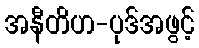
အနီတိဟ-ပုဒ်အဖွင့်